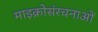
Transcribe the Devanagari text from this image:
माइक्रोसंरचनाओं